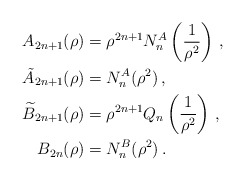
\begin{align*} A_{2n+1}(\rho) &= \rho^{2n+1}N^{A}_n\left(\frac{1}{\rho^2}\right) \, , \\ \tilde{A}_{2n+1}(\rho) &= N^{A}_n(\rho^2) \, , \\ \widetilde{B}_{2n+1}(\rho) &= \rho^{2n+1} Q_n\left(\frac{1}{\rho^2}\right) \, , \\ B_{2n}(\rho) &= N^{B}_n(\rho^2) \, . \\ \end{align*}